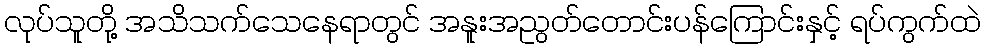
လုပ်သူတို့ အသိသက်သေနေရာတွင် အနူးအညွတ်တောင်းပန်ကြောင်းနှင့် ရပ်ကွက်ထဲ